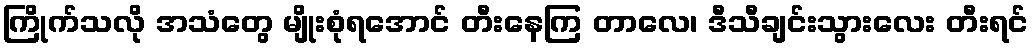
ကြိုက်သလို အသံတွေ မျိုးစုံရအောင် တီးနေကြ တာလေ၊ ဒီသီချင်းသွားလေး တီးရင်